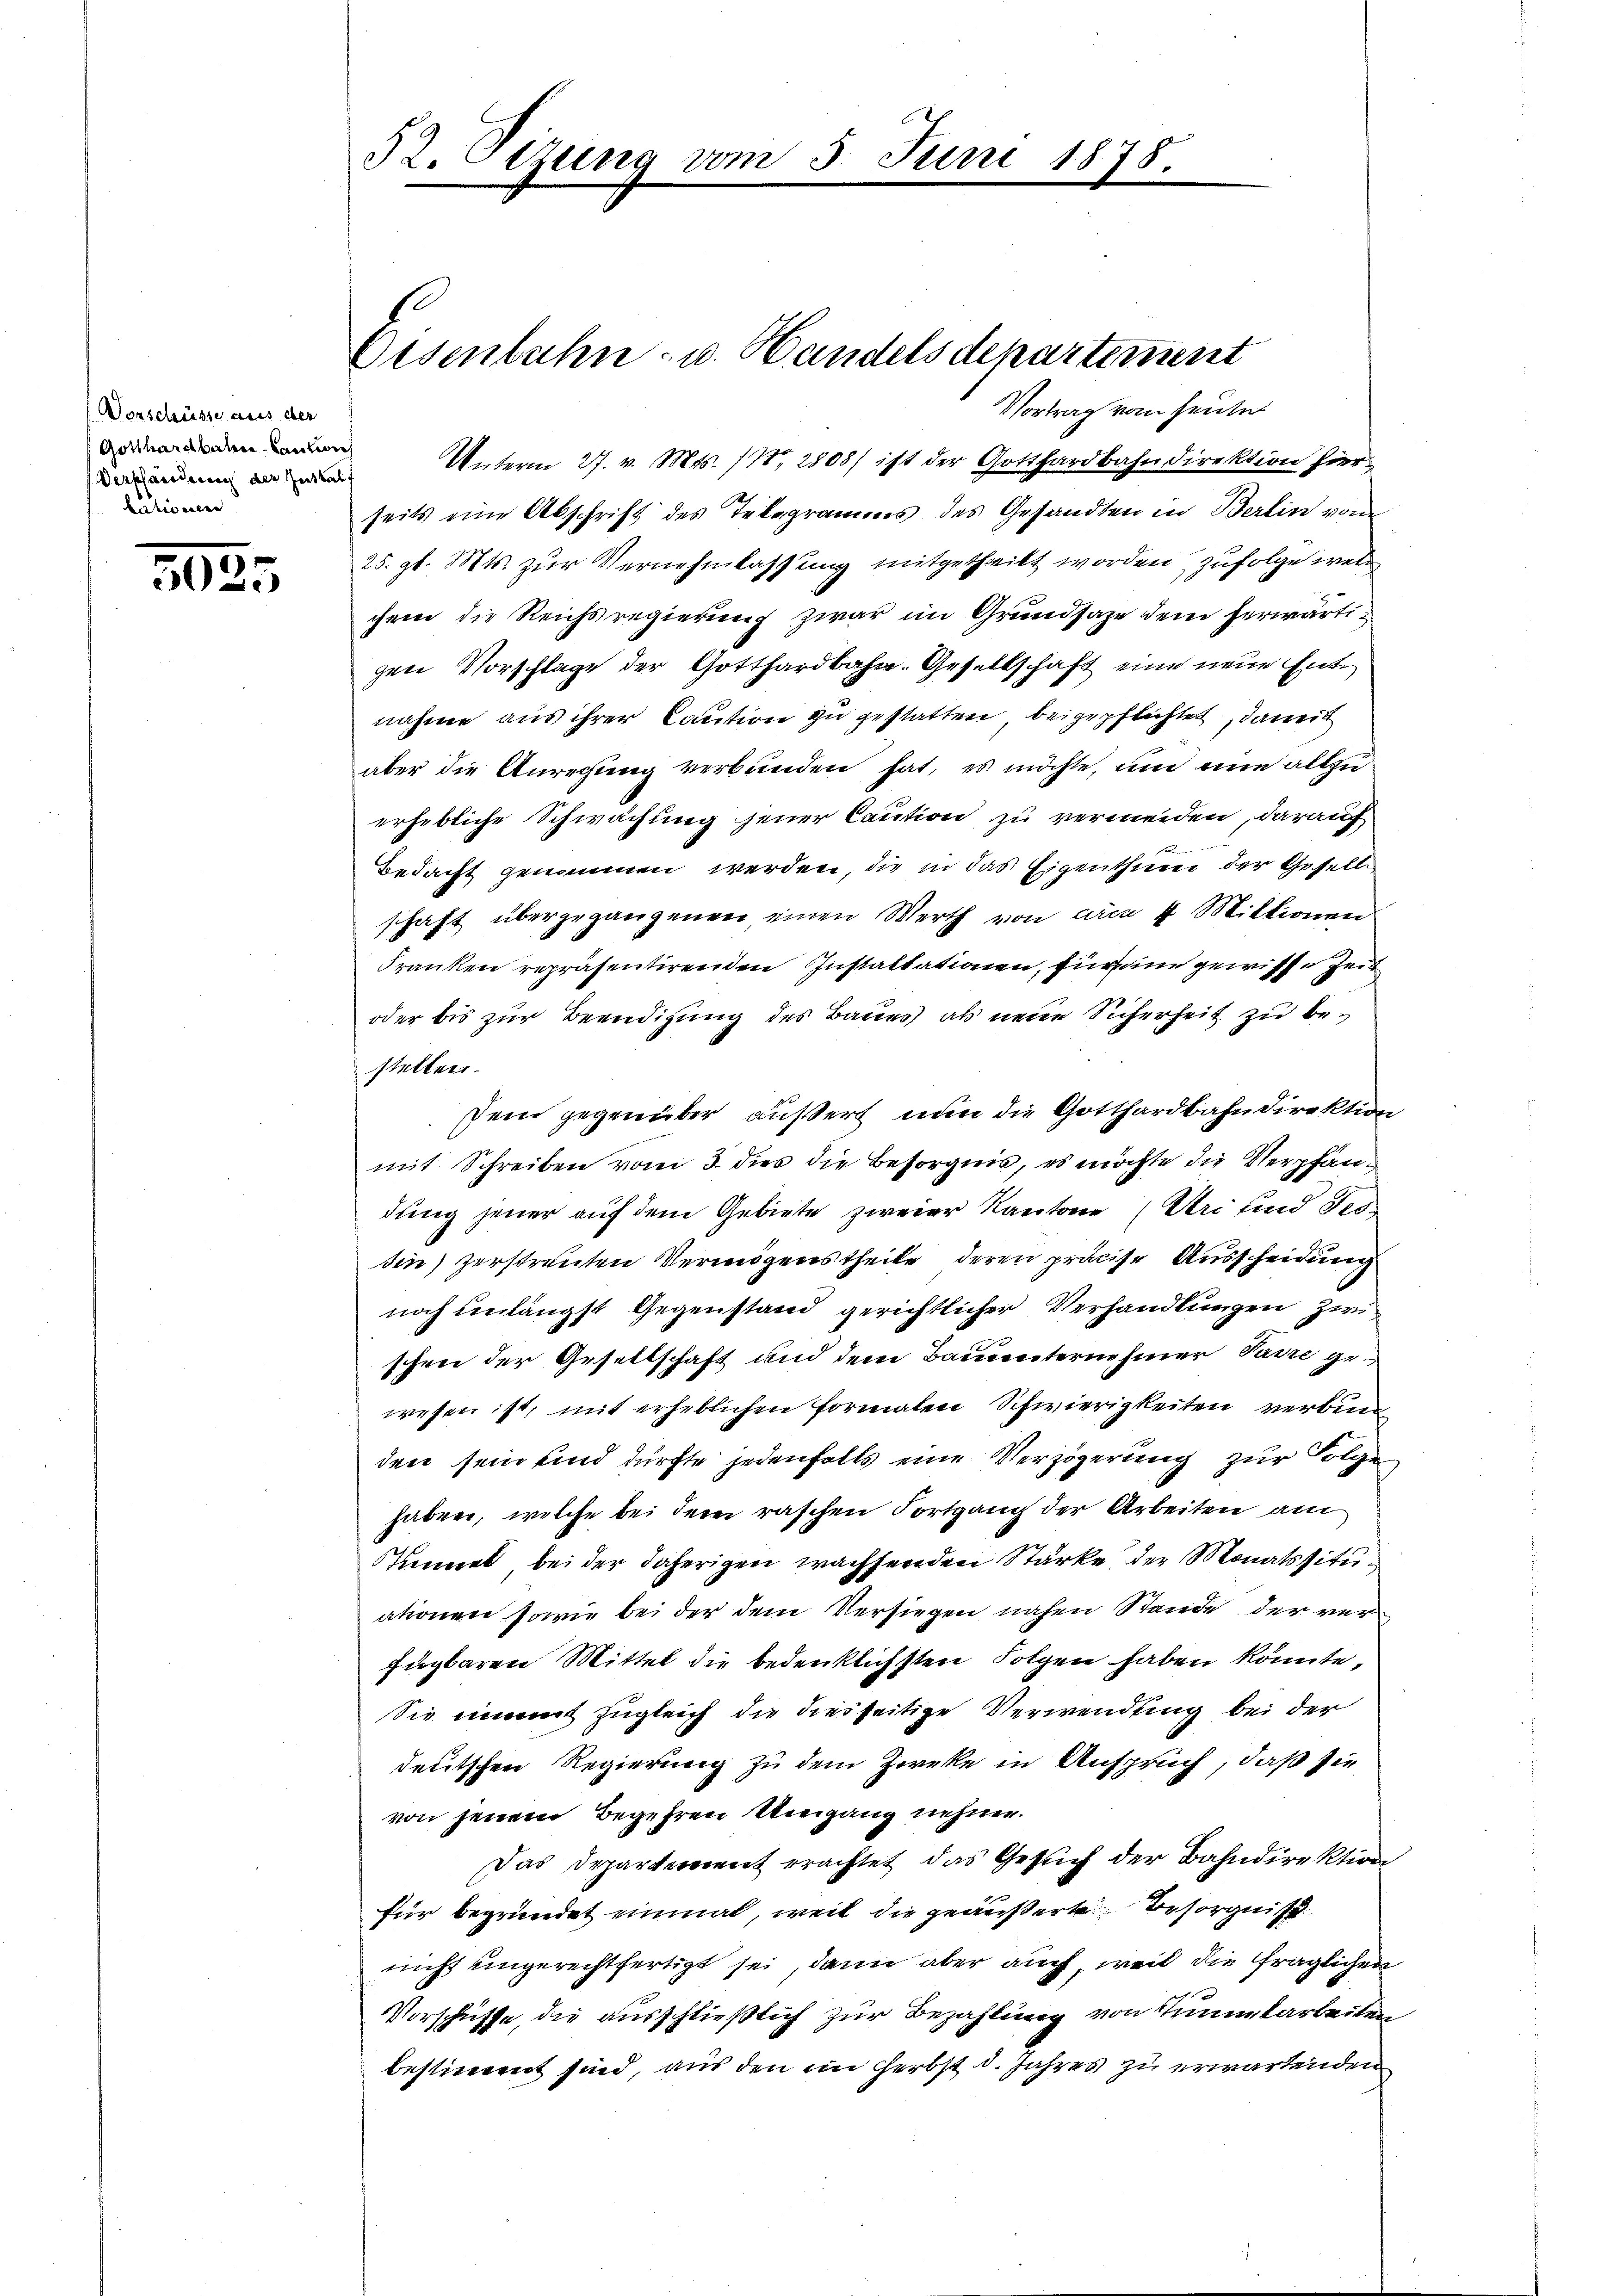
Vorschüsse aus der
Gotthardbahren-Caution
Verpfänderung der Zeitbalf
kationen

5035

52. Etzung vom 3. Juni 1875
e

Vortrag vom heute
Unterm 27. v. Mts. 118, 2808) ist der Gotthardbahndirektion hier
seits eine Abschrift des Telegramms des Gesandten in Berlin vom
25. gl. Mts. zur Vernehmlassung mitgetheilt worden, zufolge wel
chem die Reichsregierung zwar im Grundsaze dem herwärtigen Vorschlage der Gotthardbahn. Gesellschaft eine neue Entnahme aus ihrer Caution zu gestatten, beigepflichtet, damit
aber die Anrechung verbunden hat, es möchte, um eine allzuerhebliche Schwächung jener Caution zu vermeiden, darauf
Bedacht genommen werden, die in das Eigenthum der Geselle
schaft übergegangenen einen Werth von circa 4 Miktionen
Franken repräsentirenden Instaltationen, für in gewisse Zeit
oder bis zur Beendigung des Baues als neue Sicherheit zu bestellen.
Dein gegenüber äußert, nun die Gotthardbahndirektion
mit Schreiben vom 3. dies die Besorgnis, es möchte die Verpfändung jener auf dem Gebiete zweier Kantone Uri sind Tes
den) zerstreuten Vermögenstheile deren präcise Ausscheidung
noch unlängst Gegenstand gerichtlicher Verhandlungen zwischen der Gesellschaft und dem Bauunternehmer Parre ge-
wesen ist, mit erheblichen Formalen Schwierigkeiten verbun
den sein sind dürfte jedenfalls eine Verzögerung zur Folge
haben, welche bei dem raschen Fortgang der Arbeiten am
Kinner bei der daherigen wachsenden Stärke der Monatssituationen sowie bei der dem Versiegen nahen Stande der verfügbaren Mittel die bedenklichsten Folgen haben könnte,
Sie unmit zugleich die diesseitige Verwendung bei der
deutschen Regierung zu dem Zwecke in Anspruch, daß sie
von jenem Begehren Umgang nehme.
Das Departement erachtet das Gesŭch der Bahndirektion
für begründet einmal, weil die geäußerte Besorgniß
nicht ungerechtfertigt sei, dann aber auch, weil die fraglichen
Vorschüsse, die ausschließlich zur Bezahlung von Tunikarbeiten
bestimmt sind, aus den ein Herbst d. Jahres zu erwartenden

Oesenbahn- u. Handels departement